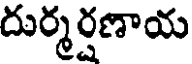
దుర్మర్షణాయ